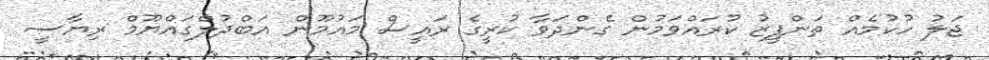
ޖަލު ހުކުމެއް ތަންފީޒު ކުރައްވަމުން ގެންދަވާ ކުރީގެ ރައީސް މައުމޫން އަބްދުލްގައްޔޫމް ރިޔާސީ